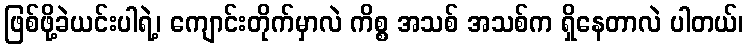
ဖြစ်ဖို့ခဲယင်းပါရဲ့၊ ကျောင်းတိုက်မှာလဲ ကိစ္စ အသစ် အသစ်က ရှိနေတာလဲ ပါတယ်၊